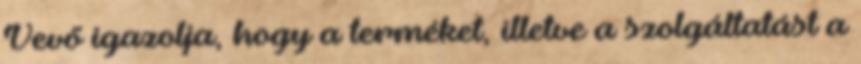
Vevő igazolja, hogy a terméket, illetve a szolgáltatást a